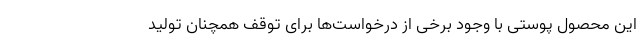
این محصول پوستی با وجود برخی از درخواست‌ها برای توقف همچنان تولید